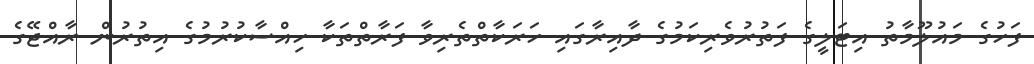
ފަހުގެ މައުލޫމާތު އިޓަލީގެ ފަތުރުވެރިކަމުގެ ދާއިރާގައި ހަރަކާތްތެރިވާ ފަރާތްތަކާ ހިއްސާކުރުމުގެ އިތުރުން ރާއްޖޭގެ